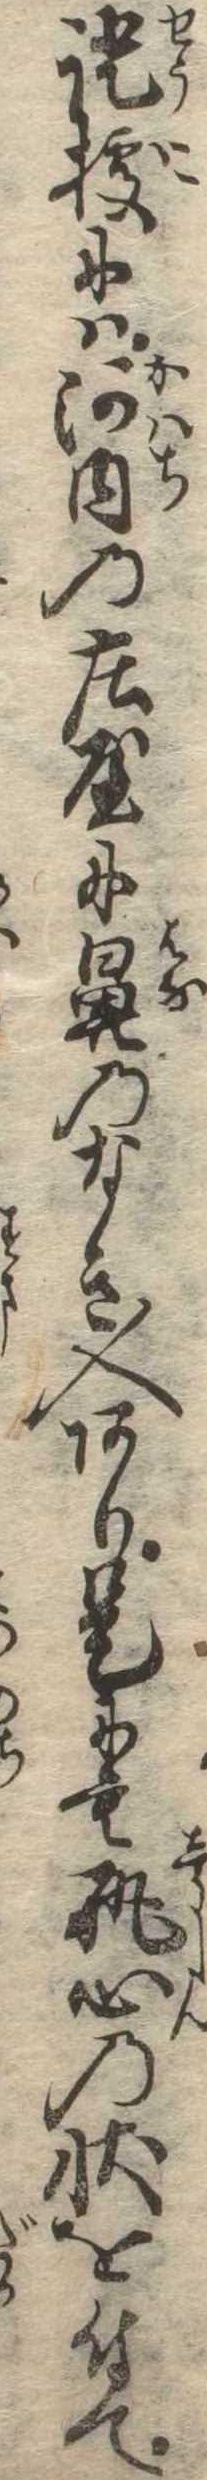
証拠には河内の荘屋に鼻のなき人あり是にも執心の状を付て